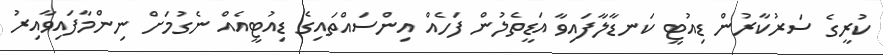
ކުރީގެ ސަރުކާރުން ޑިއުޓީ ކަނޑާލާފައިވާ އަޑީތެލުން ފަހެއް އިންސައްތައިގެ ޑިއުޓީއެއް ނެގުމަށް ނިންމާފައިވާއިރު